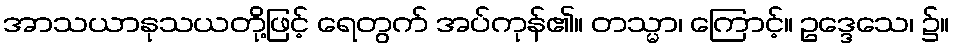
အာသယာနုသယတို့ဖြင့် ရေတွက် အပ်ကုန်၏။ တသ္မာ၊ ကြောင့်။ ဥဒ္ဒေသေ၊ ၌။